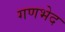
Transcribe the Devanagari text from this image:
गणभेद